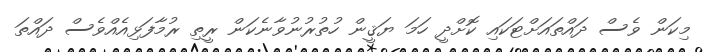
މިކަން ވެސް ދައްތައަށްޓަކައި ކޮށްދީ ހަމަ ޔަޤީން ހުތުރުނުވާނެކަން ރީތި ރުމާފަޅިއެއްވެސް ދައްތަ